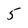
Character: 5